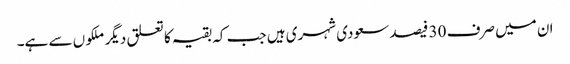
ان میں صرف 30 فیصد سعودی شہری ہیں جب کہ بقیہ کا تعلق دیگر ملکو ں سے ہے۔